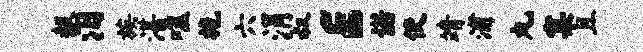
赧汨族湛噬施六涓叔E诺使靖浦丸窠且